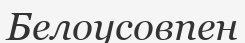
Белоусовпен